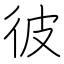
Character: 彼